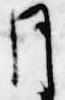
月